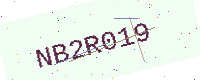
Text: NB2R019